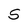
Character: S